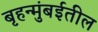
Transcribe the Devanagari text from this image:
बृहन्मुंबईतील